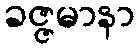
ခဇ္ဇမာနာ